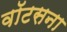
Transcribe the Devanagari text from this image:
वॉटसना